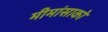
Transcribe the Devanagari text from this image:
मीमांसाकाे